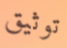
توثيق